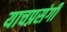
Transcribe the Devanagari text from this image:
याचप्रसंगी